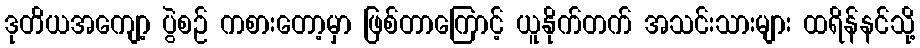
ဒုတိယအကျော့ ပွဲစဉ် ကစားတော့မှာ ဖြစ်တာကြောင့် ယူနိုက်တက် အသင်းသားများ ထရိန်နင်သို့